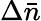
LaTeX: \Delta\bar{n}